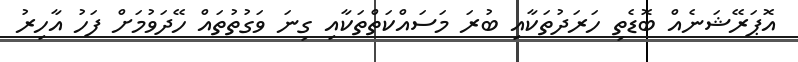
އޮޕަރޭޝަނެއް ބޮޑެތި ހަރަދުތަކާއި ބުރަ މަސައްކަތްތަކާއި ގިނަ ވަގުތުތައް ހޭދަވުމަށް ފަހު އާހިރު